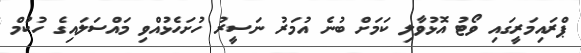
ޕްރައިމަރީގައި ވޯޓު އޮޅުވާލި ކަމަށް ބުނެ އުމަރު ނަސީރު ހުށަހެޅުއްވި މައްސަލައިގެ ހުކުމް